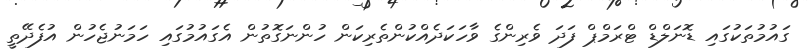
ގައުމުތަކުގައި ޑޮނަލްޑް ޓްރަމްޕް ފަދަ ވެރިންގެ ވާހަކަދެއްކުންތެރިކަން ހުންނަގޮތުން އެގައުމުގައި ހަމަނުޖެހުން އުފެދޭތީ